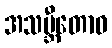
အသမ္ဘီတောဝ